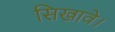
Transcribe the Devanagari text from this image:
सिखावे।